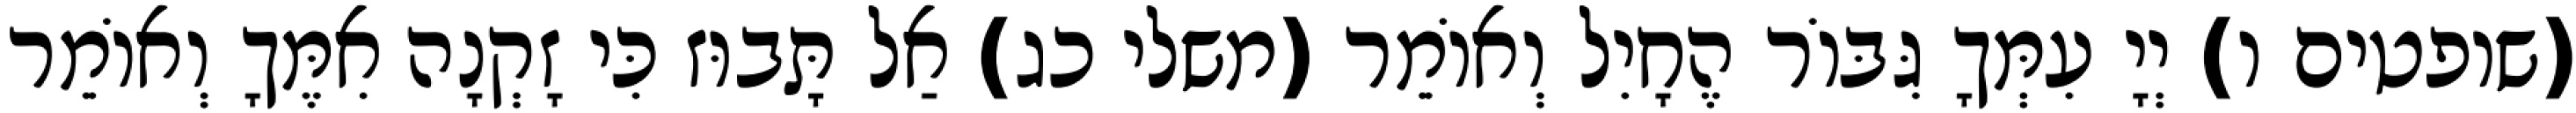
(שופטים ו) יְיָ עִמְּךָ גִּבּוֹר הֶחָיִל וְאוֹמֵר (משלי כג) אַל תָּבוּז כִּי זָקְנָה אִמֶּךָ וְאוֹמֵר